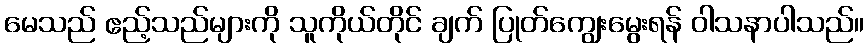
မေသည် ဧည့်သည်များကို သူကိုယ်တိုင် ချက် ပြုတ်ကျွေးမွေးရန် ဝါသနာပါသည်။